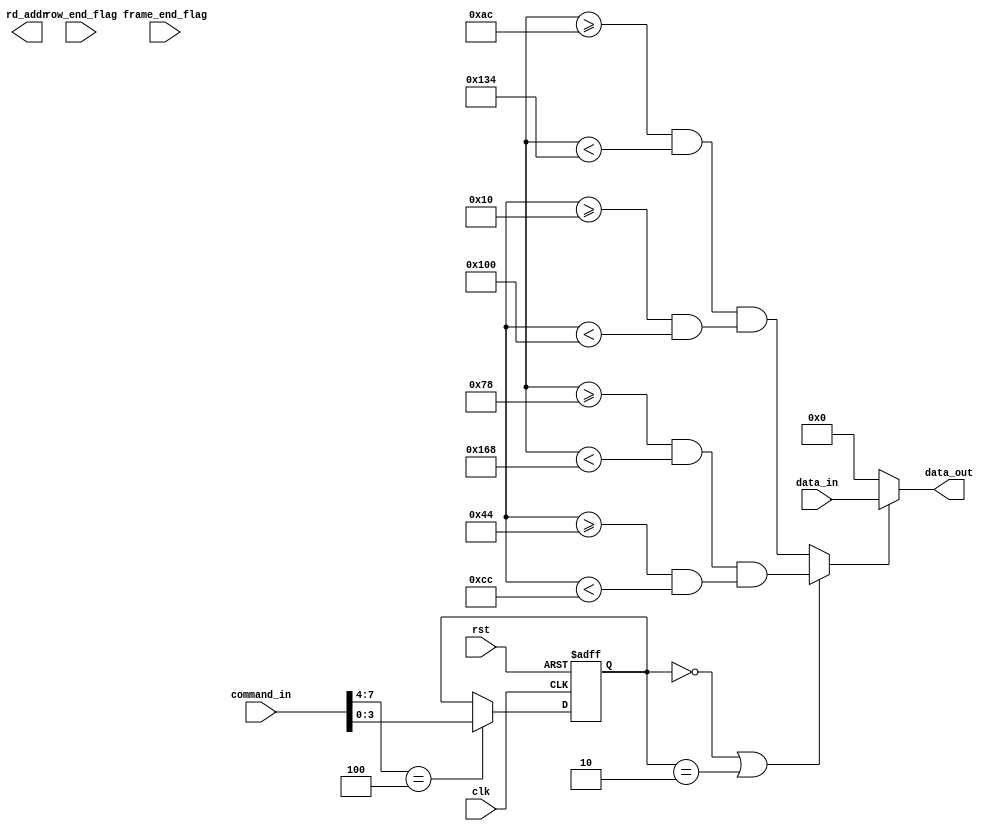
// This program was cloned from: https://github.com/MongooseOrion/Multi-channel-video-splicing
// License: GNU General Public License v3.0

/* =======================================================================
* Copyright (c) 2023, MongooseOrion.
* All rights reserved.
*
* The following code snippet may contain portions that are derived from
* OPEN-SOURCE communities, and these portions will be licensed with: 
*
* <NULL>
*
* If there is no OPEN-SOURCE licenses are listed, it indicates none of
* content in this Code document is sourced from OPEN-SOURCE communities. 
*
* In this case, the document is protected by copyright, and any use of
* all or part of its content by individuals, organizations, or companies
* without authorization is prohibited, unless the project repository
* associated with this document has added relevant OPEN-SOURCE licenses
* by github.com/MongooseOrion. 
*
* Please make sure using the content of this document in accordance with 
* the respective OPEN-SOURCE licenses. 
* 
* THIS CODE IS PROVIDED BY https://github.com/MongooseOrion. 
* FILE ENCODER TYPE: GB2312
* ========================================================================
*/
// 
//
module image_rotation#(
    parameter COL_PIXEL = 'd1280,       // 
    parameter ROW_PIXEL = 'd720         // 
)(
    input               clk,
    input               rst,
    input  [7:0]        command_in,
    input  [15:0]       data_in,        //RGB565
    input  [10:0]       row_end_flag,            //LCD
    input  [10:0]       frame_end_flag,            //
    output [15:0]       rd_addr,        //RAM
    output [15:0]       data_out        //
);

wire          display_value;        //
wire [8:0]    cnt_col;    //
wire [8:0]    cnt_row;

reg [3:0]     rotate_value;
reg [3:0]     mirror_value;
reg [10:0]    hcount;
reg [2:0]     vcount;
reg [8:0]     mirror_x;    // 
reg [8:0]     mirror_y;
reg [8:0]     rotate_x;    // 
reg [8:0]     rotate_y;


// 
always @(posedge clk or negedge rst) begin
    if(!rst) begin
        rotate_value <= 'b0;
        mirror_value <= 'b0;
    end
    else if(command_in[7:4] == 4'b0100) begin
        rotate_value <= command_in[3:0];
    end
    else if(command_in[7:4] == 4'b0101) begin
        mirror_value <= command_in[3:0];
    end
    else begin
        rotate_value <= rotate_value;
        mirror_value <= mirror_value;
    end
end

//480*272240*13690
/*assign cnt_col = (rotate_value==0||rotate_value==2) ? (hcount >= 120 ? hcount-120 : 0) : (hcount >= 172 ? hcount-172 : 0);
assign cnt_row = (rotate_value==0||rotate_value==2) ? (vcount >= 68 ? vcount-68 : 0) : (vcount >= 16 ? vcount-16 : 0);    
*/    


// 
always @(*) begin
    case(rotate_value)
        2'b00   : begin                                     //
                    rotate_x = cnt_col;
                    rotate_y = cnt_row;
                  end
        2'b01   : begin                                     //90
                    rotate_x = cnt_row;
                    rotate_y = (ROW_PIXEL-1) - cnt_col;
                  end
        2'b10   : begin                                     //180
                    rotate_x = (COL_PIXEL-1) - cnt_col;
                    rotate_y = (ROW_PIXEL-1) - cnt_row;
                  end
        2'b11   : begin                                     //9027090
                    rotate_x = (COL_PIXEL-1) - cnt_row;
                    rotate_y = cnt_col;
                  end
        default : begin
                    rotate_x = cnt_col;
                    rotate_y = cnt_row;
                  end
    endcase
end


// 
always @(*) begin
    case(mirror_value)
        2'b00   : begin                                     //
                    mirror_x = rotate_x;
                    mirror_y = rotate_y;
                  end
        2'b01   : begin                                     //
                    mirror_x = (COL_PIXEL-1) - rotate_x;
                    mirror_y = rotate_y;
                  end
        2'b10   : begin                                     //
                    mirror_x = rotate_x;
                    mirror_y = (ROW_PIXEL-1) - rotate_y;
                  end
        2'b11   : begin                                     //
                    mirror_x = (COL_PIXEL-1) - rotate_x;
                    mirror_y = (ROW_PIXEL-1) - rotate_y;
                  end
        default : begin
                    mirror_x = rotate_x;
                    mirror_y = rotate_y;
                  end
    endcase
end




//rotate_value==0||rotate_value==2
assign display_value =  (rotate_value==0||rotate_value==2) ? (hcount >= 120 && hcount < 360) && (vcount >= 68 && vcount < 204)
 : (hcount >= 172 && hcount < 308) && (vcount >= 16 && vcount < 256);            

assign read_addr = mirror_y * COL_PIXEL + mirror_x;    //RAM
assign data_out = display_value ? data_in : 0;    //

endmodule